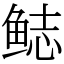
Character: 鿵